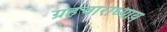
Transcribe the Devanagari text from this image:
ग्रहचाराध्याय